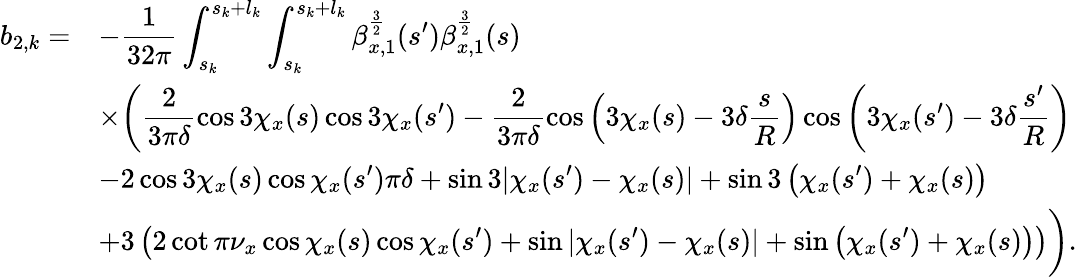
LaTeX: \begin{array}{cl}{\displaystyle b_{2,k}=}&{\displaystyle-\frac{1}{32\pi}\int_{s_{k}}^{s_{k}+l_{k}}{\int_{s_{k}}^{s_{k}+l_{k}}{\beta_{x,1}^{\frac{3}{2}}(s^{\prime})\beta_{x,1}^{\frac{3}{2}}(s)}}}\\ &{\displaystyle\times\biggr(\frac{2}{3\pi\delta}\cos{3\chi_{x}(s)}\cos{3\chi_{x}(s^{\prime})}-\frac{2}{3\pi\delta}\cos{\left(3\chi_{x}(s)-3\delta\frac{s}{R}\right)}\cos{\left(3\chi_{x}(s^{\prime})-3\delta\frac{s^{\prime}}{R}\right)}}\\ &{\displaystyle-2\cos{3\chi_{x}(s)}\cos{\chi_{x}(s^{\prime})}\pi\delta+\sin{3|\chi_{x}(s^{\prime})-\chi_{x}(s)|}+\sin{3\left(\chi_{x}(s^{\prime})+\chi_{x}(s)\right)}}\\ &{\displaystyle+3\left(2\cot{\pi\nu_{x}}\cos{\chi_{x}(s)}\cos{\chi_{x}(s^{\prime})}+\sin{|\chi_{x}(s^{\prime})-\chi_{x}(s)|}+\sin{\left(\chi_{x}(s^{\prime})+\chi_{x}(s)\right)}\right)\biggr).}\end{array}